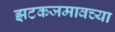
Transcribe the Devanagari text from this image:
झटकजमावच्या